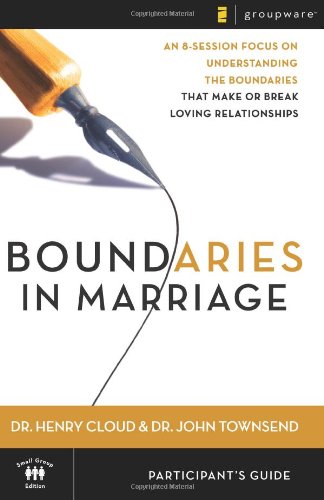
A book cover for Boundaries in Marriage Participant's Guide; Henry Cloud; Christian Books & Bibles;